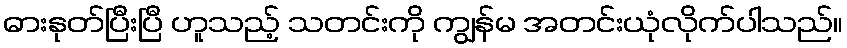
ဓားနုတ်ပြီးပြီ ဟူသည့် သတင်းကို ကျွန်မ အတင်းယုံလိုက်ပါသည်။